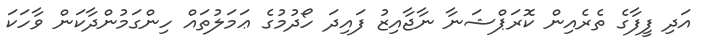
އަދި ފީފާގެ ތެރެއިން ކޮރަޕްޝަނާ ނާޖާއިޒު ފައިދަ ހޯދުމުގެ ޢަމަލުތައް ހިންގަމުންދާކަން ވާހަކަ